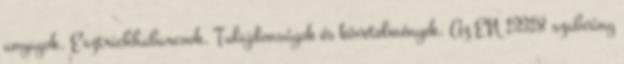
anyagok. Esztrichhabarcsok. Tulajdonságok és követelmények. Az EN 13318 szabvány